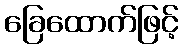
ခြေထောက်ဖြင့်